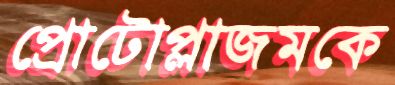
প্রোটোপ্লাজমকে